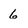
Character: 6